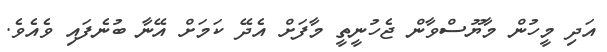
އަދި މީހުން މާޔޫސްވާން ޖެހުނީތީ މާފަށް އެދޭ ކަމަށް އޭނާ ބުނެފައި ވެއެވެ.